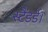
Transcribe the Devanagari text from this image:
स्टैंडर्ड।